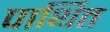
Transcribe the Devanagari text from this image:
पार्थित